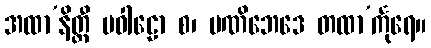
အထာ’နိတ္ထီ ပဝါဠော စ၊ မဏိဘေဒေ တထာ’င်္ကုရေ။